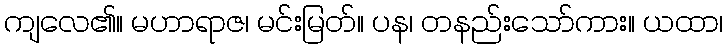
ကျလေ၏။ မဟာရာဇ၊ မင်းမြတ်။ ပန၊ တနည်းသော်ကား။ ယထာ၊